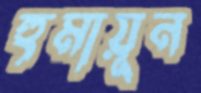
হুমায়ূন